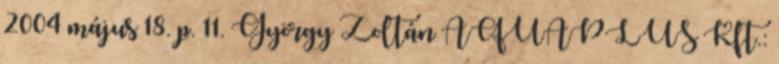
2004 május 18. p. 11. György Zoltán AQUAPLUS Kft.: